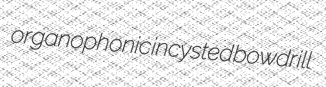
organophonic incysted bowdrill